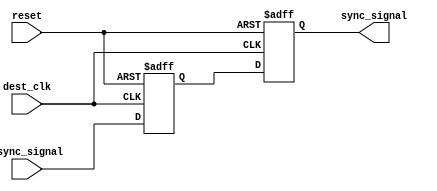
module dual_flip_flop_synchronizer (
    input wire async_signal,    // Asynchronous input signal
    input wire dest_clk,        // Destination clock
    input wire reset,           // Optional reset signal
    output reg sync_signal      // Synchronized output signal
);

    // Internal signals for the flip-flops
    reg ff1_out;               // Output of the first flip-flop

    // First flip-flop (FF1)
    always @(posedge dest_clk or posedge reset) begin
        if (reset) begin
            ff1_out <= 1'b0;   // Reset FF1 output to 0
        end else begin
            ff1_out <= async_signal; // Capture async_signal
        end
    end

    // Second flip-flop (FF2)
    always @(posedge dest_clk or posedge reset) begin
        if (reset) begin
            sync_signal <= 1'b0; // Reset sync_signal to 0
        end else begin
            sync_signal <= ff1_out; // Capture output from FF1
        end
    end

endmodule